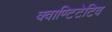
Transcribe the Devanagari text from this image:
क्वाण्टिटेटिव